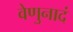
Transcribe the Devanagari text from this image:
वेणुनादं